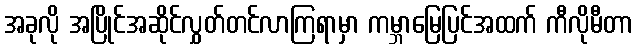
အခုလို အပြိုင်အဆိုင်လွှတ်တင်လာကြရာမှာ ကမ္ဘာမြေပြင်အထက် ကီလိုမီတာ